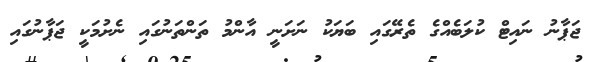
ޖަޕާނު ނައިޓް ކުލަބެއްގެ ތެރޭގައި ބަޔަކު ނަށަނީ އާންމު ތަންތަނުގައި ނެށުމަކީ ޖަޕާނުގައި